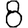
Digit: 8